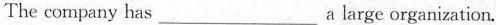
The company has___a large organization.